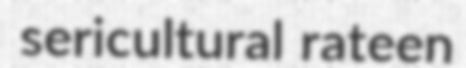
sericultural rateen